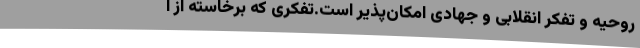
روحیه و تفکر انقلابی و جهادی امکان‌پذیر است.تفکری که برخاسته از ا